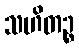
သဟိတဉ္စ